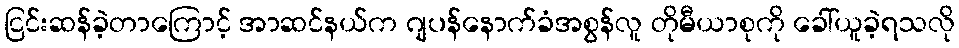
ငြင်းဆန်ခဲ့တာကြောင့် အာဆင်နယ်က ဂျပန်နောက်ခံအစွန်လူ တိုမီယာစုကို ခေါ်ယူခဲ့ရသလို